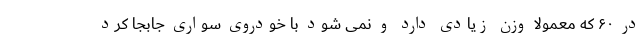
در ۶۰ که معمولا وزن زیادی دارد و نمی شود با خودروی سواری جابجا کرد